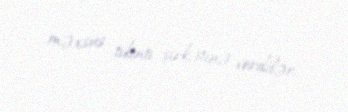
məxsus tikinti şirkətinə verdilər.